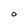
Character: O